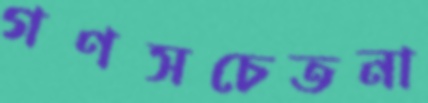
গণসচেতনা